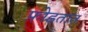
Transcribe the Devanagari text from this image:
फ़ोडतात